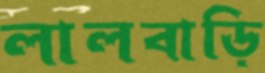
লালবাড়ি